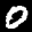
Label: 0